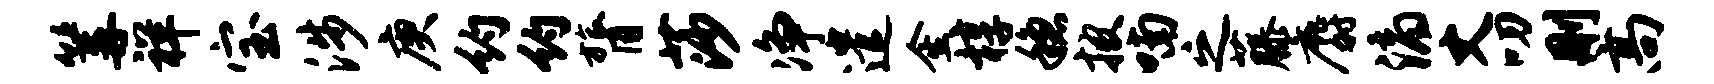
篝祥宝涉庚约约膂莎净遣金椁稳披喃之藤麝滴丈叨删高